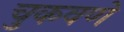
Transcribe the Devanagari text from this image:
चुकवणे